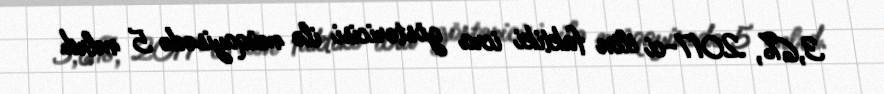
3,6%, 2017-ci ilin faktiki icra göstəricisi ilə müqayisədə 5 mlrd.